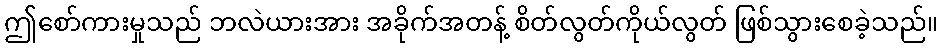
ဤစော်ကားမှုသည် ဘလဲယားအား အခိုက်အတန့် စိတ်လွတ်ကိုယ်လွတ် ဖြစ်သွားစေခဲ့သည်။